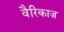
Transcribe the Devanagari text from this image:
वैरिकाज़